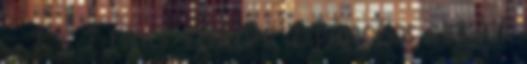
- 1 - 1 nincs említve 1 páncélos cirkáló